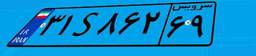
۷۲S۲۱۹۶۲